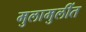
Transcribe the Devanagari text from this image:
मुलामुलींत